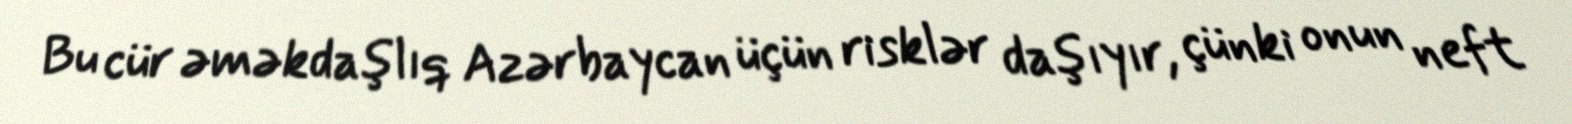
Bu cür əməkdaşlıq Azərbaycan üçün risklər daşıyır, çünki onun neft